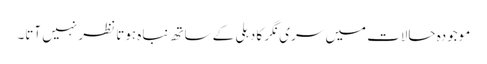
موجودہ حالات میں سری نگر کا دہلی کے ساتھ نباہ ہوتا نظر نہیں آتا۔